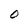
Character: O